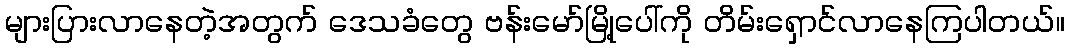
များပြားလာနေတဲ့အတွက် ဒေသခံတွေ ဗန်းမော်မြို့ပေါ်ကို တိမ်းရှောင်လာနေကြပါတယ်။